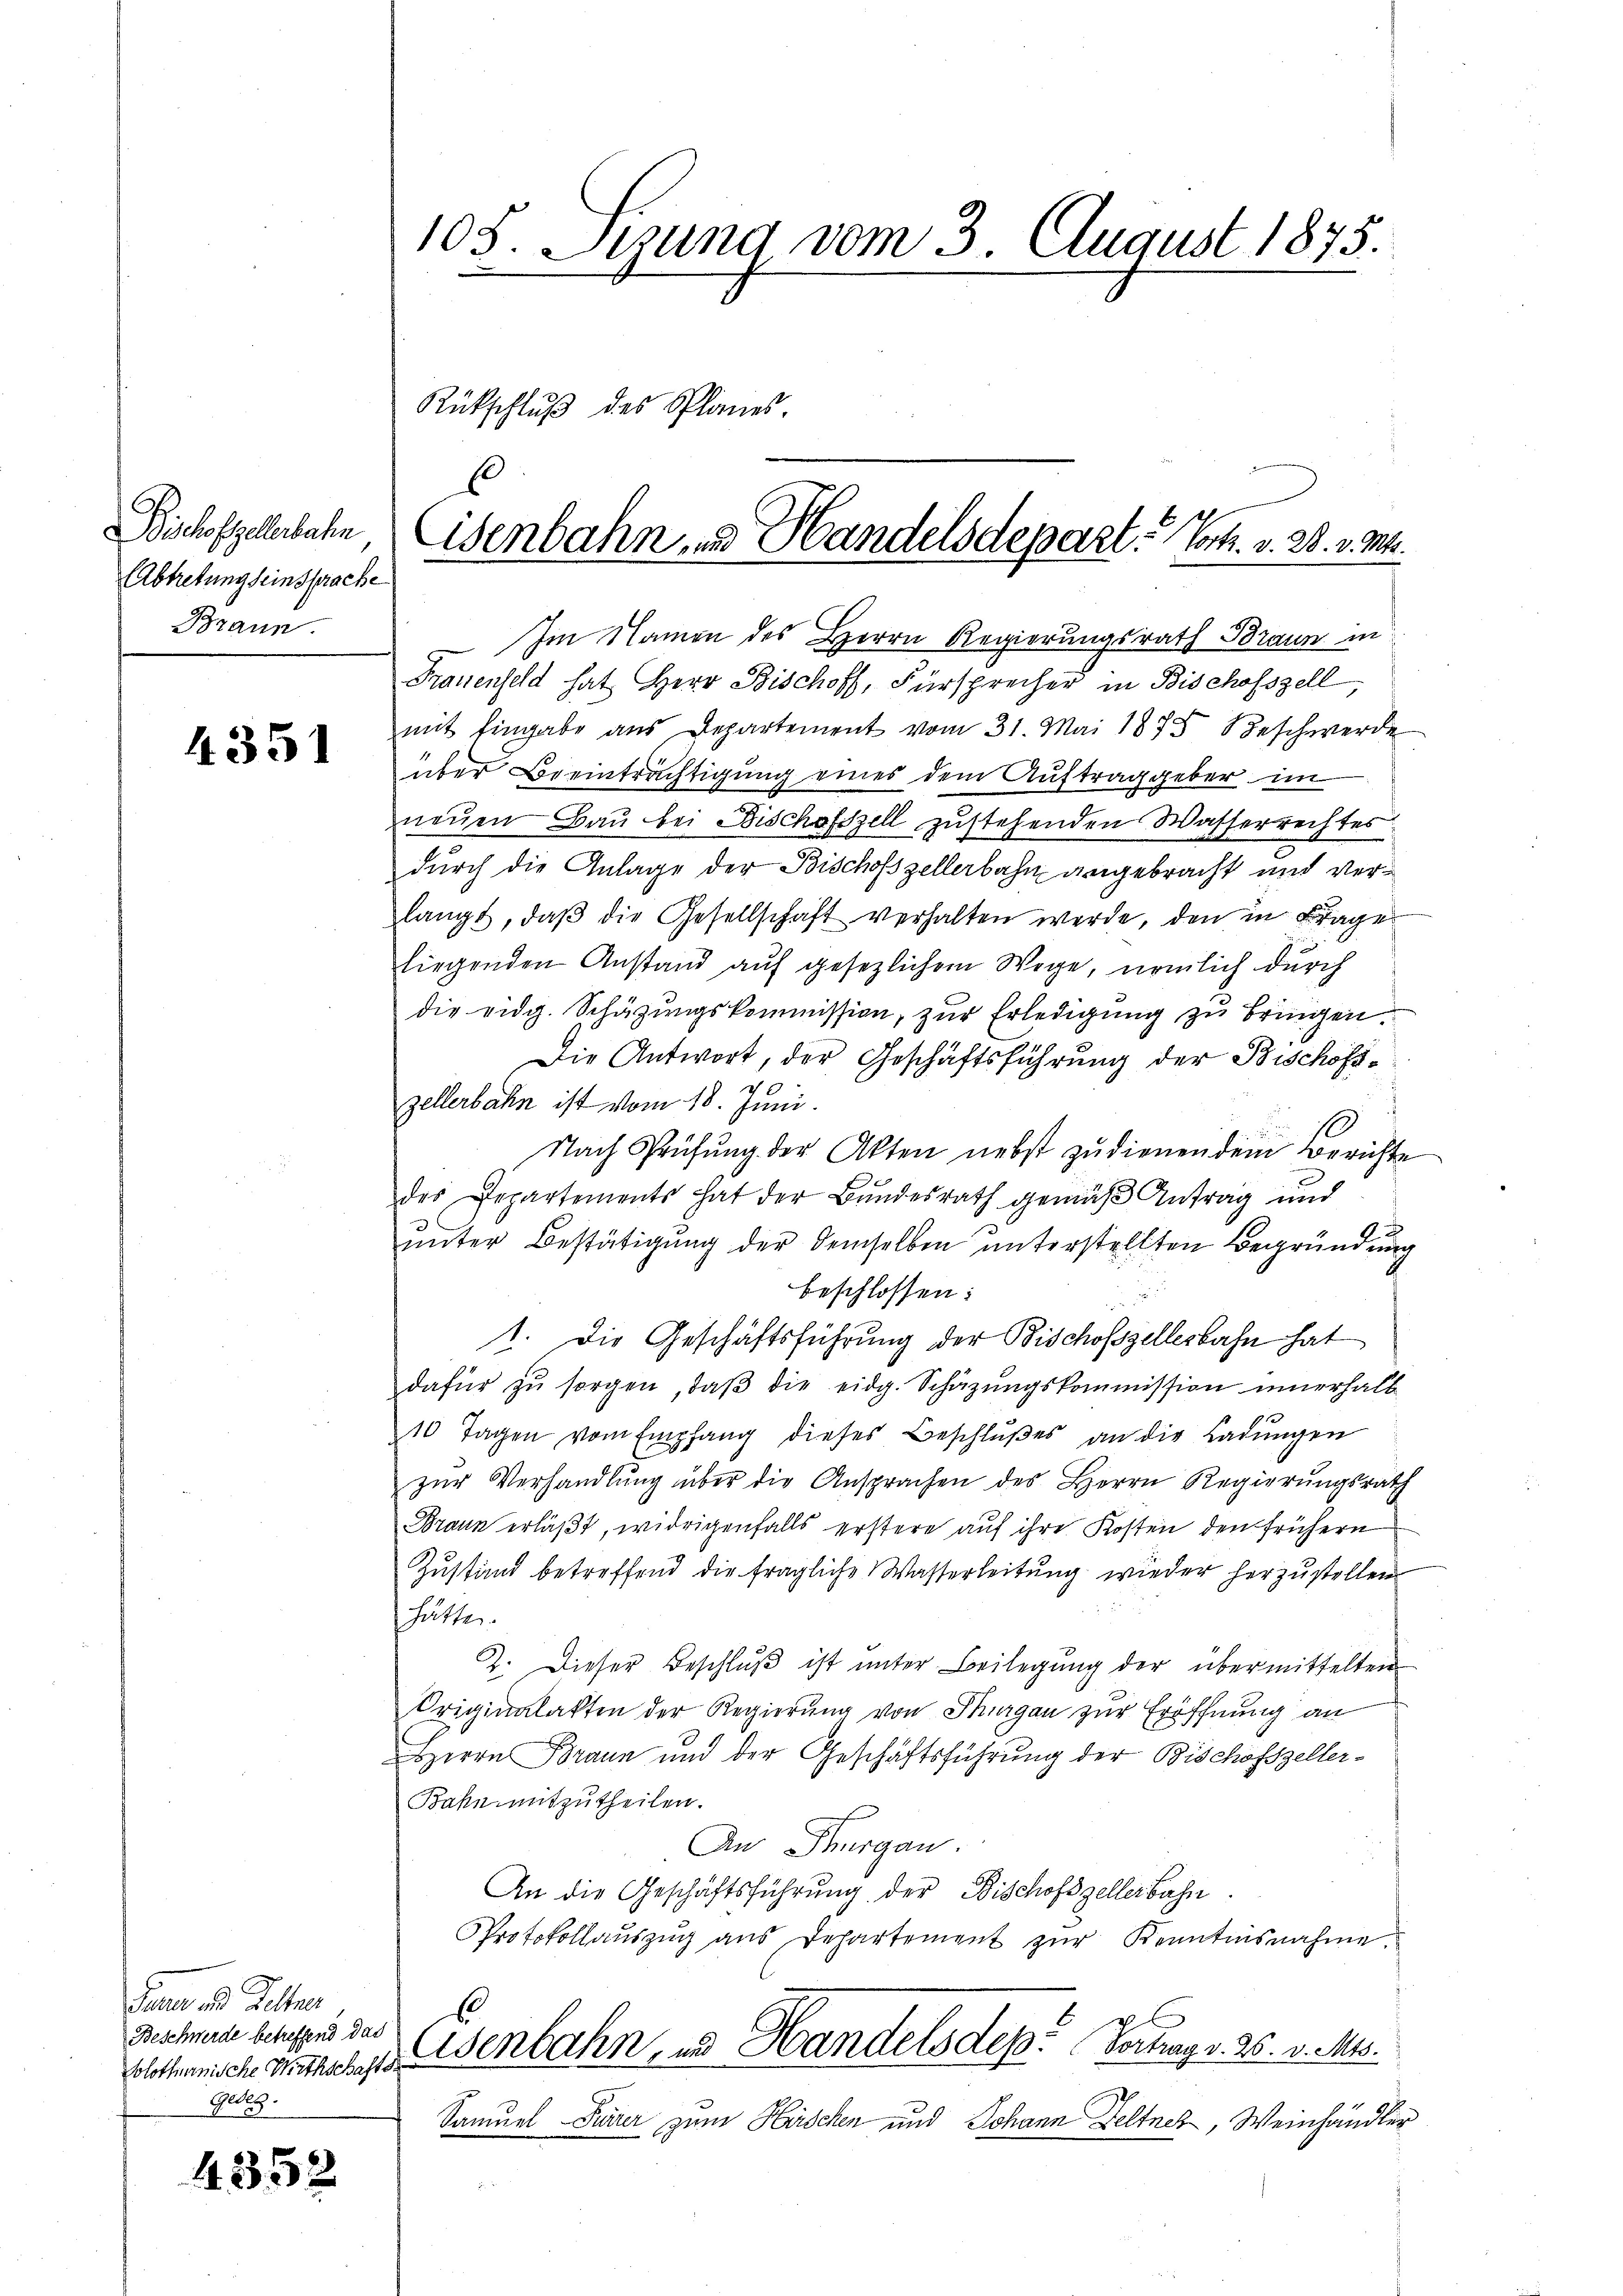
Bischofzellerbahn
Abtretung seinsprache
Braun

4351

Gener und Kelter
Beschwerde betreffend das
Solothurnische Wirthschafts
Geleg

4352

108. Sizung vom 3. August 1875.

Rückschlŭβ des Planes.

Eisenbahn, und Handelsdepart. Vort. v. 28. v. M.

Im Namen des Herrn Regierungsrath Braun in
Frauenfeld hat Herr Bischoff, Fürsprecher in Bischofszell,
mit Eingabe ans Departement vom 31. Mai 1875 Beschwerde
über Beeinträchtigung eines dem Auftraggeber im
neŭen Bau bei Bischofszell zustehenden Wasserrechtes
durch die Anlage der Bischofszellerbahn angebracht und verlangt, daβ die Gesellschaft verhalten werde, den in Frage
liegenden Anstand auf gesezlichem Wege, nämlich durch
die eidg. Schätzungskommission, zur Erledigung zu bringen.
Die Antwort, der Geschäftsführung der Bischofszellerbahn ist vom 18. Juni.
Nach Prüfŭng der Akten nebst zudienen dem Berichte
des Departements hat der Bŭndesrath gemäβ Antrag und
ŭnter Bestätigung der demselben unterstellten Begründung
beschlossen:
1. Die Geschäftsführung der Bischofszellesbahn hat
dafür zŭ sorgen, daβ die eidg. Schazungskommission innerhalb
10 Tagen vom Empfang dieses Beschlußes an die Ladungen
zŭr Verhandlŭng über die Ansprachen des Herrn Regierungsrath
Braun erläßt, widrigenfalls erstere auf ihre Kosten den frühern
Zustand betreffend die fragliche Wasserleitung wieder herzustellen
hätte
2. Dieser Beschlŭβ ist unter Beilegung der übermittelten
Originalakten der Regierung von Thurgau zur Eröffnung an
Herrn Braun und der Geschäftsführung der Bischofszeller-
Bahn mitzutheilen.
An Thurgau.
An die Geschäftsführŭng der Bischofszellerbahn
Protokollaŭszŭg aŭs Departement zŭr Kenntnisnahme.
Eisenbahn, in Handelsdep. Vortrag v. 26. v. Mts.
Samuel Pirer zum Hüschen und Johann Zeltnez, Weinhändler